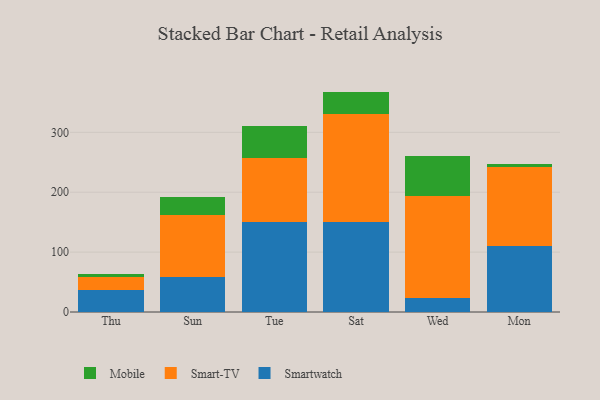
{"axis": {"x": "Day", "y": "Active Users"}, "legend": ["Mobile", "Smart-TV", "Smartwatch"], "data": [{"x": "Thu", "y": 36.5, "type": "Smartwatch"}, {"x": "Thu", "y": 21.8, "type": "Smart-TV"}, {"x": "Thu", "y": 5.4, "type": "Mobile"}, {"x": "Sun", "y": 59.1, "type": "Smartwatch"}, {"x": "Sun", "y": 103.0, "type": "Smart-TV"}, {"x": "Sun", "y": 29.7, "type": "Mobile"}, {"x": "Tue", "y": 150.7, "type": "Smartwatch"}, {"x": "Tue", "y": 107.0, "type": "Smart-TV"}, {"x": "Tue", "y": 53.4, "type": "Mobile"}, {"x": "Sat", "y": 150.2, "type": "Smartwatch"}, {"x": "Sat", "y": 179.8, "type": "Smart-TV"}, {"x": "Sat", "y": 38.0, "type": "Mobile"}, {"x": "Wed", "y": 23.9, "type": "Smartwatch"}, {"x": "Wed", "y": 169.3, "type": "Smart-TV"}, {"x": "Wed", "y": 66.5, "type": "Mobile"}, {"x": "Mon", "y": 109.6, "type": "Smartwatch"}, {"x": "Mon", "y": 131.7, "type": "Smart-TV"}, {"x": "Mon", "y": 6.2, "type": "Mobile"}]}